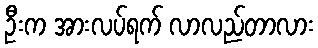
ဦးက အားလပ်ရက် လာလည်တာလား